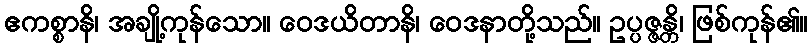
ဧကစ္စာနိ၊ အချို့ကုန်သော။ ဝေဒယိတာနိ၊ ဝေဒနာတို့သည်။ ဥပ္ပဇ္ဇန္တိ၊ ဖြစ်ကုန်၏။